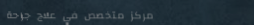
مركز متخصص في علاج جراحة